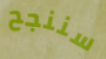
سننجح